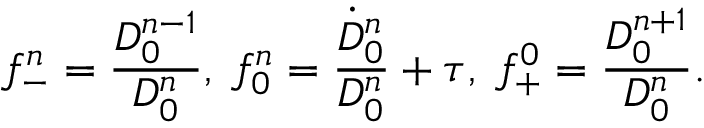
f _ { - } ^ { n } = \frac { D _ { 0 } ^ { n - 1 } } { D _ { 0 } ^ { n } } , \; f _ { 0 } ^ { n } = \frac { \dot { D } _ { 0 } ^ { n } } { D _ { 0 } ^ { n } } + \tau , \; f _ { + } ^ { 0 } = \frac { D _ { 0 } ^ { n + 1 } } { D _ { 0 } ^ { n } } .